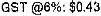
GST @6%: $0.43